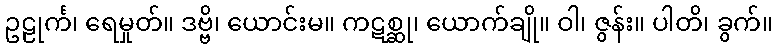
ဥဠုင်္က၊ ရေမှုတ်။ ဒဗ္ဗိ၊ ယောင်းမ။ ကဋစ္ဆု၊ ယောက်ချို။ ဝါ၊ ဇွန်း။ ပါတိ၊ ခွက်။